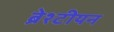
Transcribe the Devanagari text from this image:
ब्रेश्टीयन